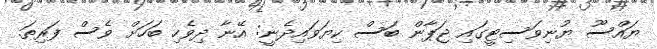
ޔައްސޫ ޔުނިވަސިޓީގައި ޖަޕާން ބަސް ކިޔަވައިދެނީ: އޭނާ ދިވެހި ބަހަށް ވެސް ފަރިތަ.